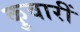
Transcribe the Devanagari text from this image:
कुवारीं